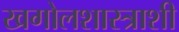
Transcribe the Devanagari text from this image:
खगोलशास्त्राशी